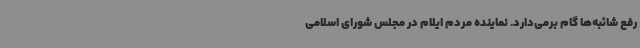
رفع شائبه‌ها گام برمی‌دارد. نماینده مردم ایلام در مجلس شورای اسلامی